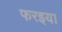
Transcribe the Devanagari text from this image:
फरइया